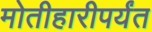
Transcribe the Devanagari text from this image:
मोतीहारीपर्यंत